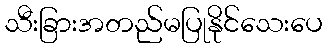
သီးခြားအတည်မပြုနိုင်သေးပေ